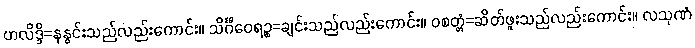
ဟလိဒ္ဒိ=နနွင်းသည်လည်းကောင်း။ သိင်္ဂီဝေရဉ္စ=ချင်းသည်လည်းကောင်း။ ဝစတ္တံ=ဆိတ်ဖူးသည်လည်းကောင်း။ လသုဏံ